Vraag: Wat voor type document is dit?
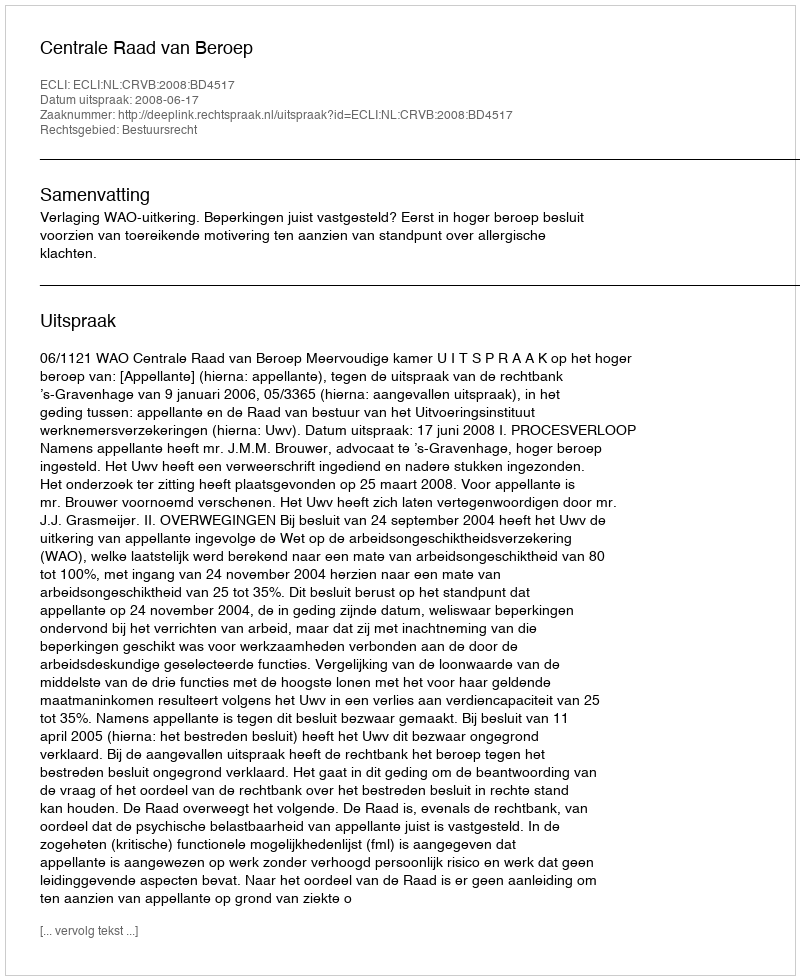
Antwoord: Uitspraak